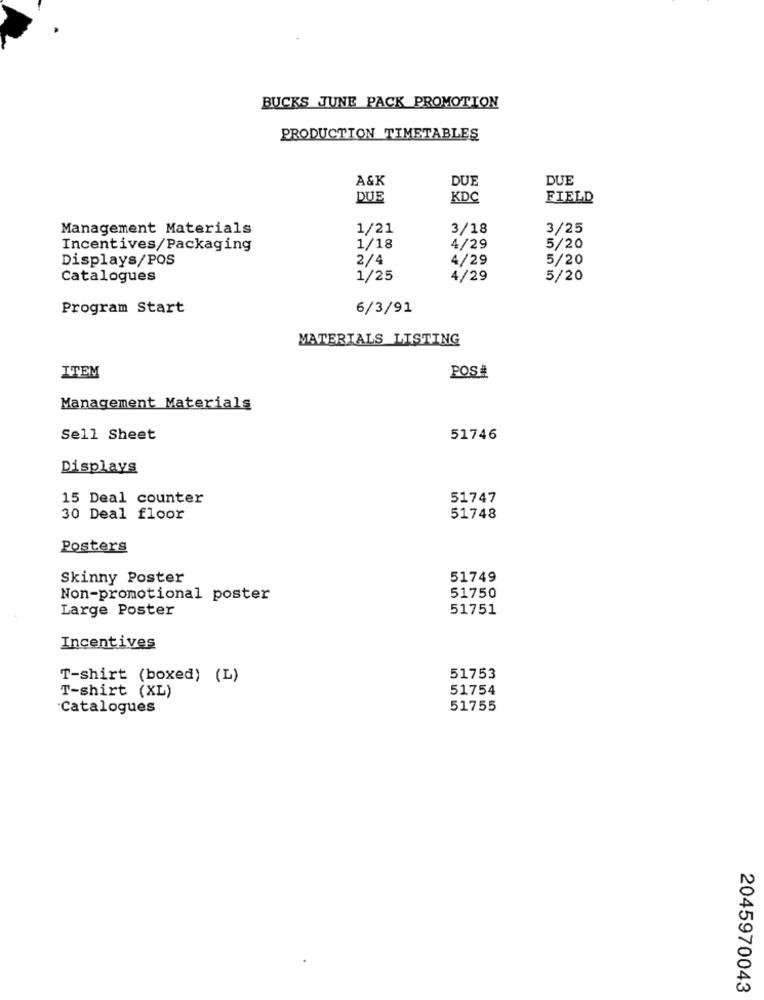
BUCKS JUNE PACK PROMOTION
PRODUCTION TIMETABLES
A&K
DUE
DUE
DUE
KDC
FIELD
Management Materials
1/21
3/18
3/25
Incentives/Packaging
1/18
4/29
5/20
Displays/POS
2/4
4/29
5/20
Catalogues
1/25
4/29
5/20
Program Start
6/3/91
MATERIALS LISTING
POS#
ITEM
Management Materials
Sell Sheet
51746
Displays
15 Deal counter
51747
30 Deal floor
51748
Posters
Skinny Poster
51749
Non-promotional poster
51750
Large Poster
51751
Incentives
T-shirt (boxed) (L)
51753
T-shirt (XL)
51754
'Catalogues
51755
2045970043